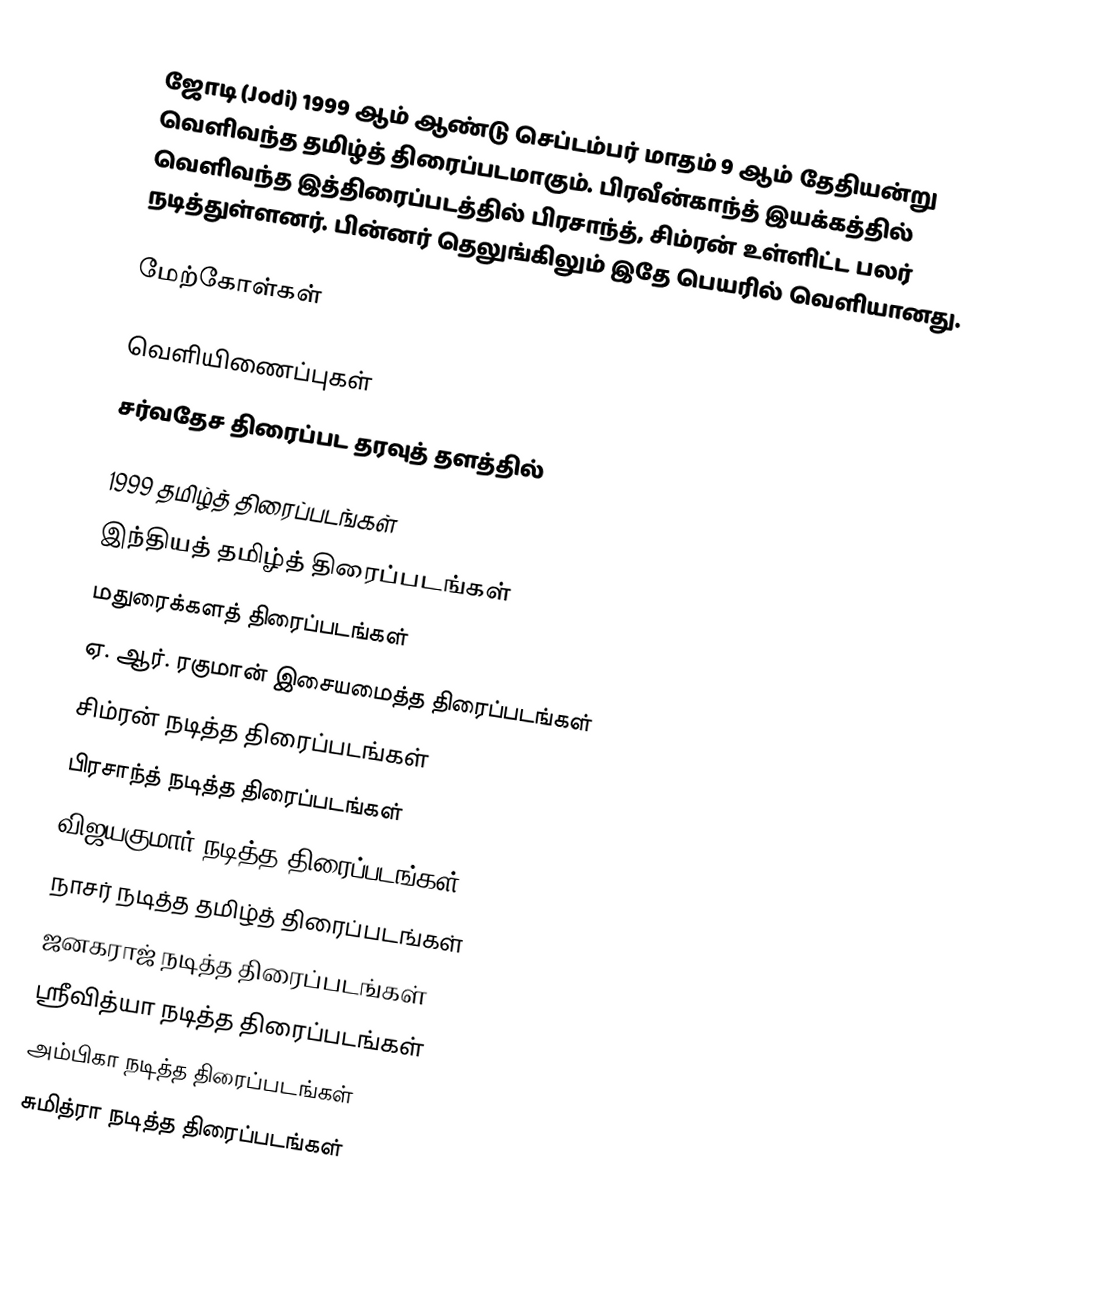
ஜோடி (Jodi) 1999 ஆம் ஆண்டு செப்டம்பர் மாதம் 9 ஆம் தேதியன்று வெளிவந்த தமிழ்த் திரைப்படமாகும். பிரவீன்காந்த் இயக்கத்தில் வெளிவந்த இத்திரைப்படத்தில் பிரசாந்த், சிம்ரன் உள்ளிட்ட பலர் நடித்துள்ளனர். பின்னர் தெலுங்கிலும் இதே பெயரில் வெளியானது.

மேற்கோள்கள்

வெளியிணைப்புகள்
சர்வதேச திரைப்பட தரவுத் தளத்தில்

1999 தமிழ்த் திரைப்படங்கள்
இந்தியத் தமிழ்த் திரைப்படங்கள்
மதுரைக்களத் திரைப்படங்கள்
ஏ. ஆர். ரகுமான் இசையமைத்த திரைப்படங்கள்
சிம்ரன் நடித்த திரைப்படங்கள்
பிரசாந்த் நடித்த திரைப்படங்கள்
விஜயகுமார் நடித்த திரைப்படங்கள்
நாசர் நடித்த தமிழ்த் திரைப்படங்கள்
ஜனகராஜ் நடித்த திரைப்படங்கள்
ஸ்ரீவித்யா நடித்த திரைப்படங்கள்
அம்பிகா நடித்த திரைப்படங்கள்
சுமித்ரா நடித்த திரைப்படங்கள்